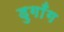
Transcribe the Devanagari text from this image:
डुगाँग